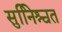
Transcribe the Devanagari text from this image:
सुनििश्चत